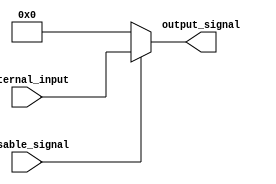
module DisableBlock (
    input wire disable_signal,   // Control Signal: 1 to enable, 0 to disable
    input wire [N-1:0] internal_input, // Internal input for the block (define N as needed)
    output reg [N-1:0] output_signal // Output signal of the block
);
    parameter N = 8; // Define the width of the internal input and output

    always @(*) begin
        if (!disable_signal) begin
            // When disable_signal is low (block is disabled)
            output_signal = 'b0; // Hold output at a predefined state (logic low)
        end else begin
            // When disable_signal is high (block is enabled)
            // Perform internal logic and update output_signal based on internal_input
            output_signal = internal_input; // Example behavior: pass through internal_input
        end
    end
endmodule